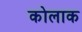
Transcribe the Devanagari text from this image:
कोलाक